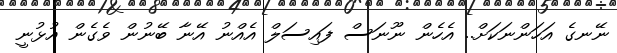
ނޭނގެ އަހަންނަކަށް.. އެހެން ނޫނަސް ފައިސަލް އެއްނު އޭނާ ބޭނުން ވެގެން އުޅުނީ